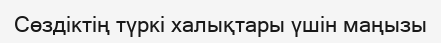
Сөздіктің түркі халықтары үшін маңызы